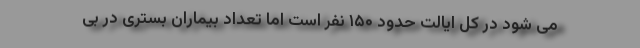
می شود در کل ایالت حدود ۱۵۰ نفر است اما تعداد بیماران بستری در بی